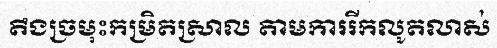
តឹងច្រមុះកម្រិតស្រាល តាមការរីកលូតលាស់